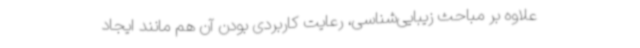
علاوه بر مباحث زیبایی‌شناسی، رعایت کاربردی بودن آن‌ هم مانند ایجاد